Papers set at the Examination for Leaving Certificates, 1894
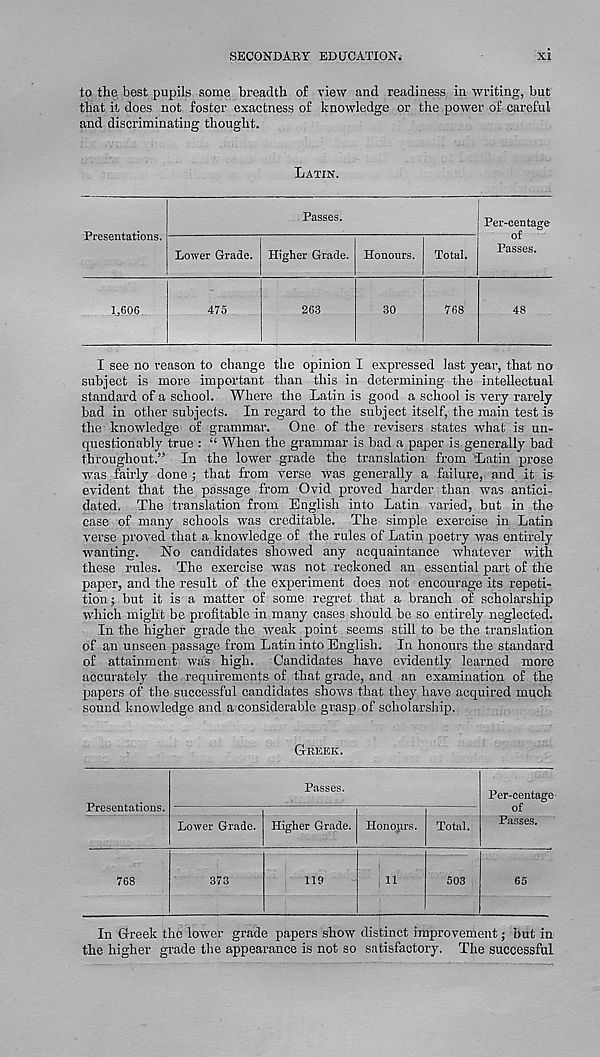
SECONDARY EDUCATION*
XI
to the best pupils some breadth of view and readiness in writing, but
that it does, not foster exactness of knowledge or the power of careful
and discriminating thought.
LATIN.
Presentations.
Passes.
Lower Grade. Higher Grade. Honours.
Total.
Per-centage
of
Passes.
1,606
475
263
30
768
48
I see no reason to change the opinion I expressed last year, that no
subject is more important than this in determining the intellectual
standard of a school. Where the Latin is good a school is very rarely
bad in other subjects. In regard to the subject itself, the main test is
the knowledge of grammar. One of the revisers states what is un-
questionably true : “ When the grammar is bad a paper is generally bad
throughout.” In the lower grade the translation from Latin prose
was fairly done ; that from verse was generally a failure, and it is-
evident that the passage from Ovid proved harder than was antici-
dated. The translation from English into Latin varied, but in the
case of many schools was creditable. The simple exercise in Latin
verse proved that a knowledge of the rules of Latin poetry was entirely
wanting. No candidates showed any acquaintance whatever with
these rules. The exercise was not reckoned an essential part of the
paper, and the result of the experiment does not encourage its repeti-
tion ; but it is a matter of some regret that a branch of scholarship
which might be profitable in many cases should be so entirely neglected.
In the higher grade the weak point seems still to be the translation
of an unseen passage from Latin into English. In honours the standard
of attainment was high. Candidates have evidently learned more
accurately the requirements of that grade, and an examination of the
papers of the successful candidates shows that they have acquired much
sound knowledge and a considerable grasp of scholarship.
GREEK.
Presentations.
Passes.
Lower Grade. Higher Grade. Honours.
Total.
Per-centage
of
Passes.
768
373
119
11
503
65
In Greek the lower grade papers show distinct improvement; but in
the higher grade the appearance is not so satisfactory. The successful